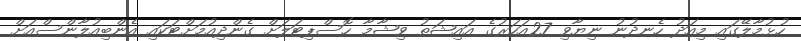
ހުޅުމާލޭގައި މިއަދު ހެނދުނު ނިޔާވި 27އަހަރުގެ އައިޝަތު ވިޝާމާ ހޮސްޕިޓަލަށް ގެންދިއުމަށްޓަކައި އެންބިއުލާންސްއަށް